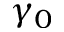
\gamma _ { 0 }